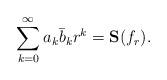
LaTeX: \begin{align*} \sum\limits_{k=0}^{\infty}a_{k}\bar{b}_{k}r^{k}= \mathbf{S}(f_{r}). \end{align*}